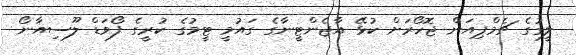
ލީގުގެ ޗެމްޕިއަން ޖޮހޯރަށް ކުޅޭ އާޖެންޓީނާގެ ގައުމީ ޓީމުގެ ކުރީގެ ފޯވަޑް ލޫސިއާނޯ